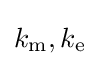
k_{\text{m}},k_{\text{e}}